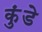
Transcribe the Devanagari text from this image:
कुंडेे